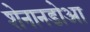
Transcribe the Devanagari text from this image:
शेनानडोआ